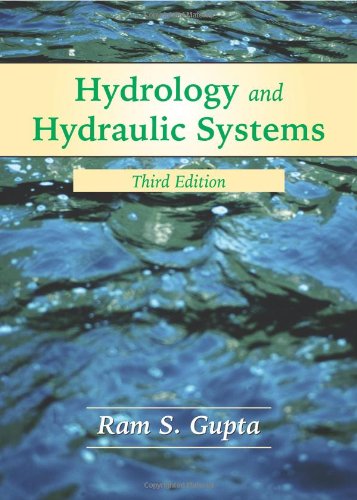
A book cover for Hydrology and Hydraulic Systems; Ram S. Gupta; Science & Math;